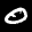
Label: 0